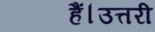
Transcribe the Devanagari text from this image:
हैं।उत्तरी